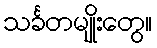
သင်္ခတမျိုးတွေ။